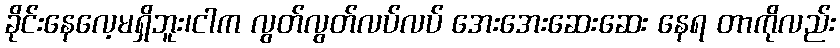
ခိုင်းနေလေ့မရှိဘူး၊ငါက လွတ်လွတ်လပ်လပ် အေးအေးဆေးဆေး နေရ တာကိုလည်း